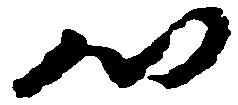
心